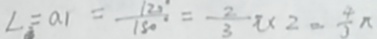
\angle = a _ { 1 } = \frac { 1 2 0 ^ { \circ } } { 1 8 0 ^ { \circ } } = \frac { 2 } { 3 } \pi \times 2 = \frac { 4 } { 5 } \pi